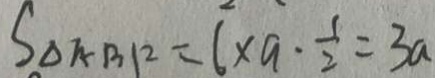
S _ { \Delta A B F } = 6 \times a \cdot \frac { 1 } { 2 } = 3 a